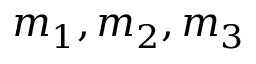
m _ { 1 } , m _ { 2 } , m _ { 3 }